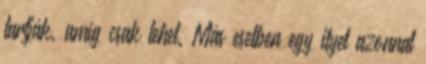
tartják, amíg csak lehet. Más esetben egy ilyet azonnal